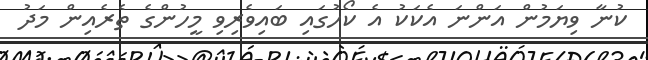
ކުނާ ވިޔަމުން އަންނަ އެކަކު އެ ކޯހުގައި ބައިވެރިވި މީހުންގެ ތެރެއިން މަދު